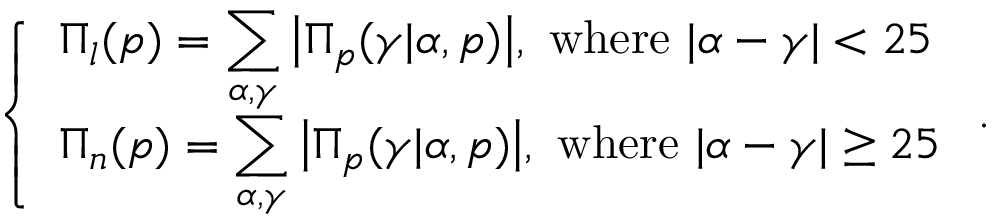
\left\{ \begin{array} { l l } { \Pi _ { l } ( p ) = \displaystyle \sum _ { \alpha , \gamma } \big \vert \Pi _ { p } ( \gamma \vert \alpha , p ) \big \vert , \mathrm { ~ w h e r e ~ } \vert \alpha - \gamma \vert < 2 5 } \\ { \Pi _ { n } ( p ) = \displaystyle \sum _ { \alpha , \gamma } \big \vert \Pi _ { p } ( \gamma \vert \alpha , p ) \big \vert , \mathrm { ~ w h e r e ~ } \vert \alpha - \gamma \vert \ge 2 5 } \end{array} \right. .